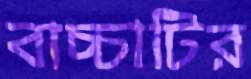
বাচ্চাটির